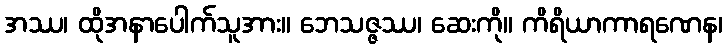
အဿ၊ ထိုအနာပေါက်သူအား။ ဘေသဇ္ဇဿ၊ ဆေးကို။ ကိရိယာကာရဏေန၊